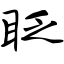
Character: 眨